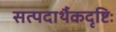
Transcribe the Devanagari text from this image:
सत्पदार्थैकदृष्टिः